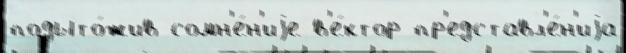
подыто́жив сомн'е́н'иjе в'е́ктор пр'едставл'е́н'иjа